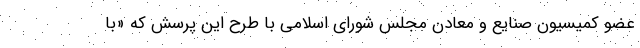
عضو کمیسیون صنایع و معادن مجلس شورای اسلامی با طرح این پرسش که «با